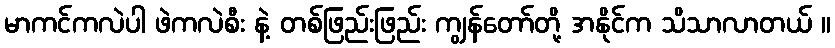
မာကင်ကလဲပါ ဖဲကလဲစီး နဲ့ တစ်ဖြည်းဖြည်း ကျွန်တော်တို့ အနိုင်က သိသာလာတယ် ။